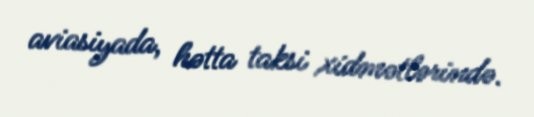
aviasiyada, hətta taksi xidmətlərində.